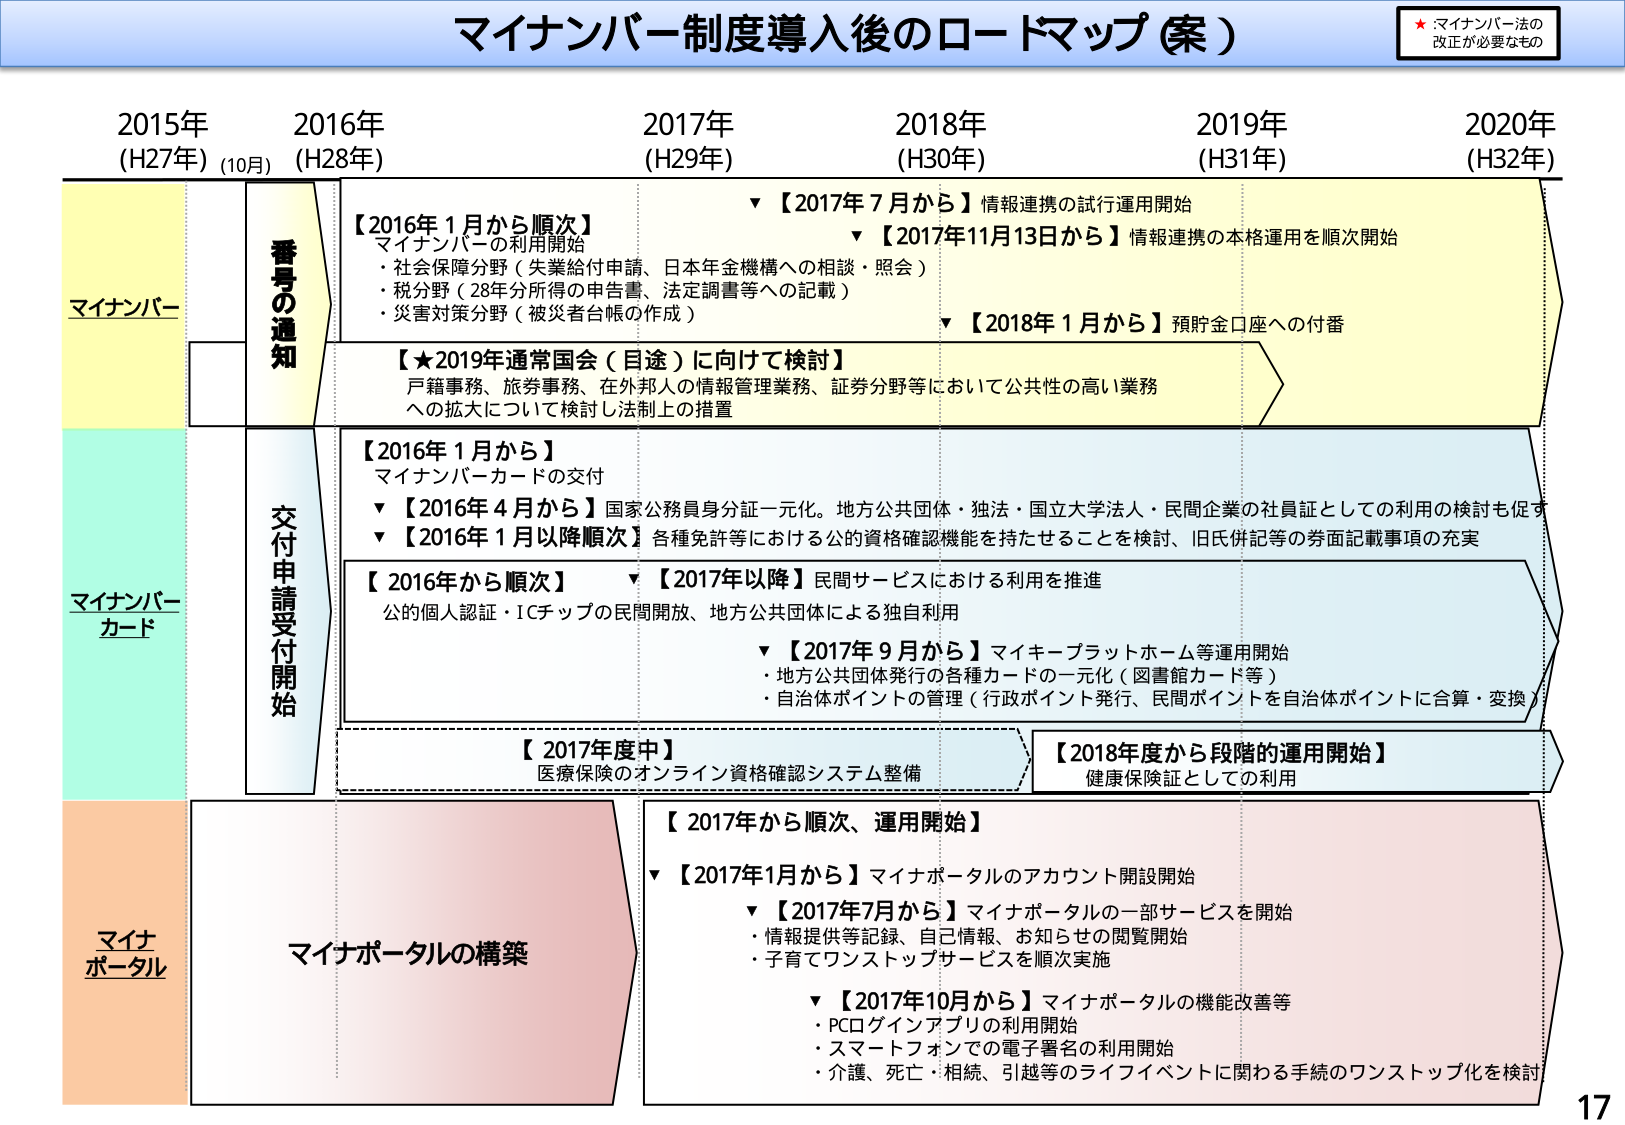
マインンバー制度導入後のロードマップ（案）

★ マイナンバー法の
改正が必要なもの

2015年
(H27年) (10月)

2016年
(H28年)

2017年
(H29年)

2018年
(H30年)

2019年
(H31年)

2020年
(H32年)

マイナンバー

番号の通知

【2016年1月から順次】
マイナンバーの利用開始
・社会保障分野（失業給付申請、日本年金機構への相談・照会）
・税分野（28年分所得の申告書、法定調書等への記載）
・災害対策分野（被災者台帳の作成）

▼【2017年7月から】情報連携の試行運用開始
▼【2017年11月13日から】情報連携の本格運用を順次開始
▼【2018年1月から】預貯金口座への付番

【★2019年通常国会（目途）に向けて検討】
戸籍事務、旅券事務、在外邦人の情報管理業務、証券分野等において公共性の高い業務
への拡大について検討し法制上の措置

マイナンバーカード

交付申請受付開始

【2016年1月から】
マイナンバーカードの交付
▼【2016年4月から】国家公務員身分証一元化。地方公共団体・独法・国立大学法人・民間企業の社員証としての利用の検討も促す
▼【2016年1月以降順次】各種免許等における公的資格確認機能を持たせることを検討、旧氏併記等の券面記載事項の充実

【2016年から順次】
公的個人認証・ICチップの民間開放、地方公共団体による独自利用

▼【2017年以降】民間サービスにおける利用を推進
▼【2017年9月から】マイキー・プラットホーム等運用開始
・地方公共団体発行の各種カードの一元化（図書館カード等）
・自治体ポイントの管理（行政ポイント発行、民間ポイントを自治体ポイントに合算・変換）

【2017年度中】
医療保険のオンライン資格確認システム整備

【2018年度から段階的運用開始】
健康保険証としての利用

マイナポータル

マイナポータルの構築

【2017年から順次、運用開始】
▼【2017年1月から】マイナポータルのアカウント開設開始
▼【2017年7月から】マイナポータルの一部サービスを開始
・情報提供等記録、自己情報、お知らせの閲覧開始
・子育てワンストップサービスを順次実施
▼【2017年10月から】マイナポータルの機能改善等
・PCログインアプリの利用開始
・スマートフォンでの電子署名の利用開始
・介護、死亡・相続、引越等のライフイベントに関わる手続のワンストップ化を検討

17